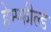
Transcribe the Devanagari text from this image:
हेम्प्फील्ड